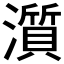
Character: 𤁩